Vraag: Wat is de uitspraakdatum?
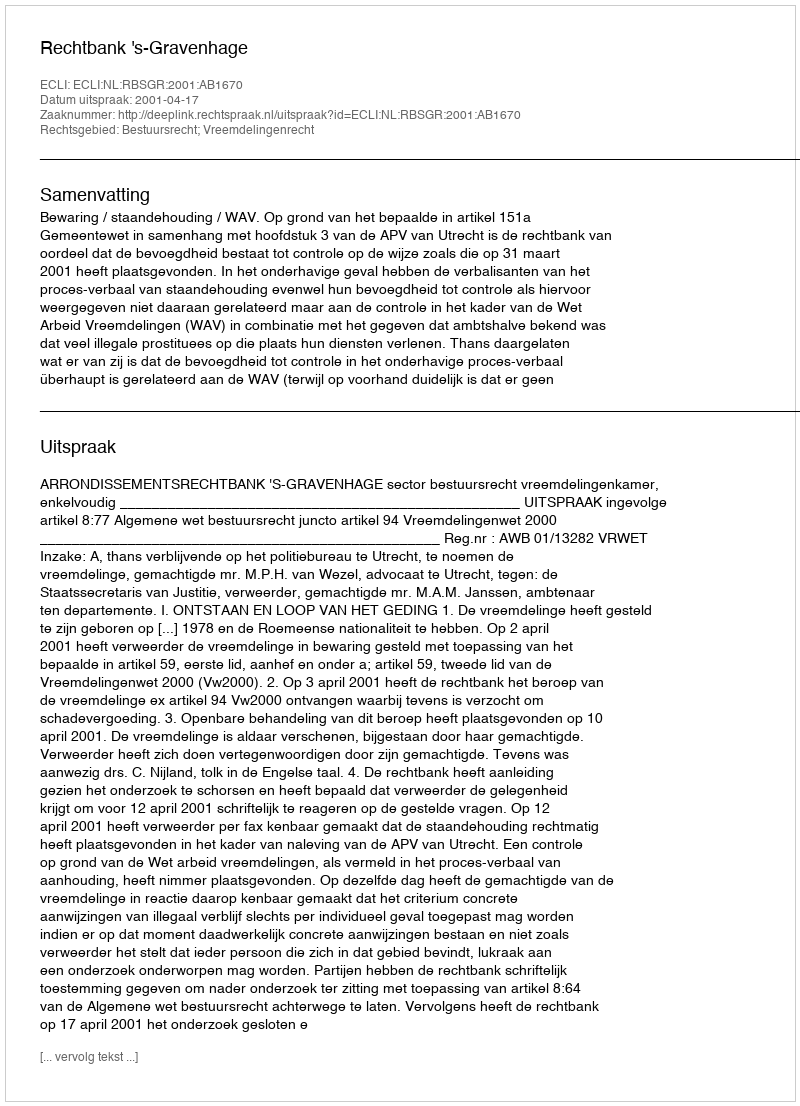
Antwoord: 2001-04-17